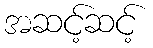
အဆင့်ဆင့်